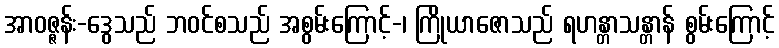
အာဝဇ္ဇန်း-ဒွေသည် ဘဝင်စသည် အစွမ်းကြောင့်-၊ ကြိုယာဇောသည် ရဟန္တာသန္တာန် စွမ်းကြောင့်